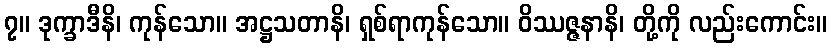
၇။ ဒုက္ခာဒီနိ၊ ကုန်သော။ အဋ္ဌသတာနိ၊ ရှစ်ရာကုန်သော။ ဝိဿဇ္ဇနာနိ၊ တို့ကို လည်းကောင်း။